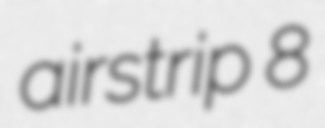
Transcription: airstrip 8